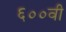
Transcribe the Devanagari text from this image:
६००वी